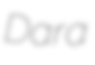
Dara